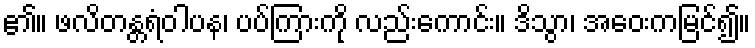
၏။ ဖလိတန္တရံဝါပန၊ ပပ်ကြားကို လည်းကောင်း။ ဒိသွာ၊ အဝေးကမြင်၍။